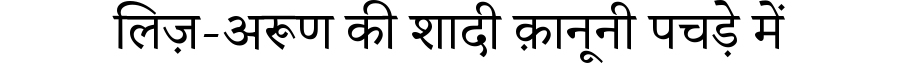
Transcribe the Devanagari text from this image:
लिज़-अरूण की शादी क़ानूनी पचड़े में